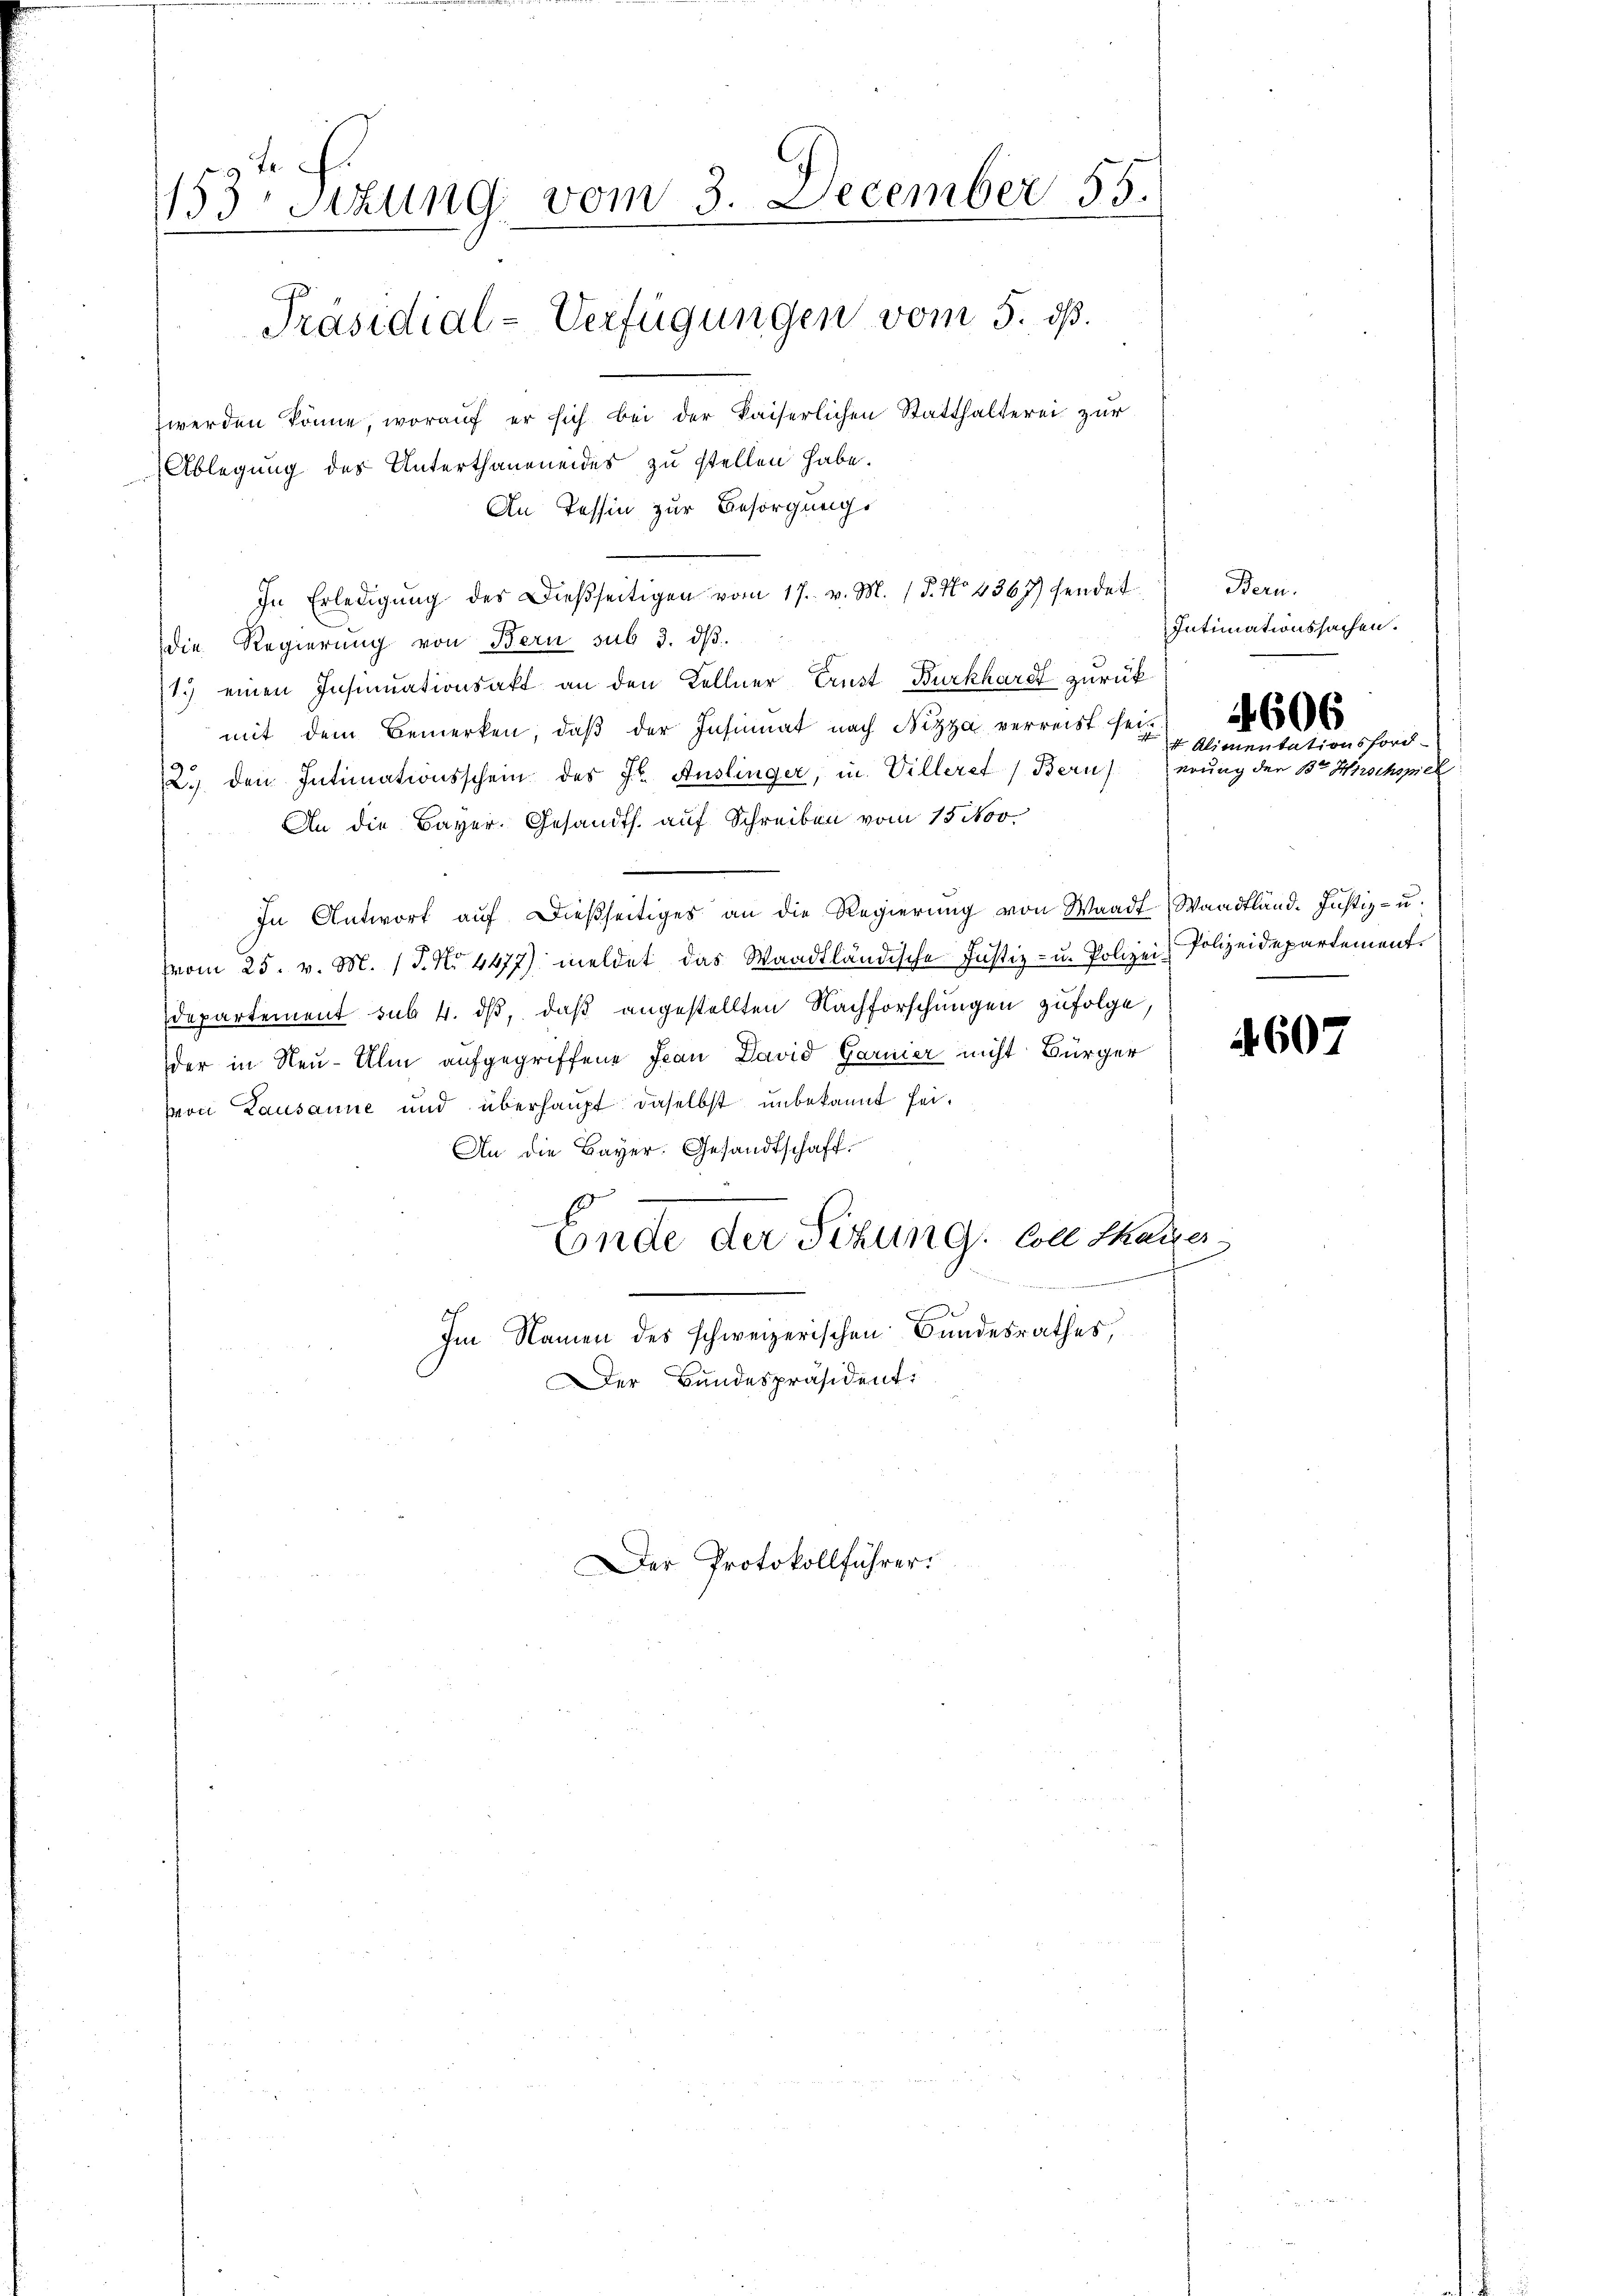
1153. Sizung vom 3. December 55.
Präsidial-Verfügungen vom 5. dß.
werden könne, worauf er sich bei der Kaiserlichen Statthalterei zur
Ablegung des Unterthaneneides zu stellen habe.
An Tessin zur Besorgungs

die Regierung von Bern sub 3. dβ.
1.) einen Insinuationsakt an den Kellner Ernst Burkhardt zurück
mit dem Bemerken, daß der Insinuat nach Nizza verreist sein
2.) den Intimationsschein des J. Auslinger, in Villeret (Bern) erung der 3ten Hirschsp
An die Bayer. Gesandts. auf Schreiben vom 15. Nov.
In Antwort aŭf dießseitiges an die Regierŭng von Waadt, Waadtländ. Justiz- u.
Vom 25. v. M. (T. N. 4477) meldet das Waadtländische Justiz- u. Polizei Polizeidepartement
Departement sub 4. dβ, daß angestellten Nachforschungen zufolge,
der in Neu-Ulin aufgegriffene Frau David Garnier nicht Bürger
von Lausanne und überhaupt daselbst unbekannt sei.
An die Bayer: Gesandtschaft.
Ende der Sizung, bethaner¬
Im Namen des schweizerischen Bundesrathes,
Der Bundespräsident

In Erledigŭng des Dießseitigen vom 17. v. M. (T. No 4367) sendet

Der Protokollführer.

Bern.
Intimationssachen.

606
f Alimentationsfor¬

4607